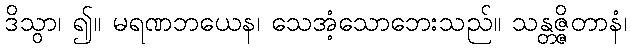
ဒိသွာ၊ ၍။ မရဏဘယေန၊ သေအံ့သောဘေးသည်။ သန္တဇ္ဇိတာနံ၊